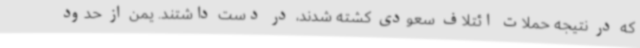
که در نتیجه حملات ائتلاف سعودی کشته شدند، در دست داشتند. یمن از حدود